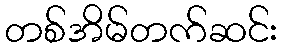
တစ်အိမ်တက်ဆင်း